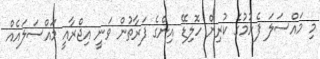
މި މައްސަލަ ފެށުމުގެ ކުރިން ހޮލިޑޭ އިންގެ ފަރާތުން ވަނީ އިޖްރާއީ މައްސަލައެއް